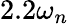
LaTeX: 2.2\omega_{n}